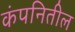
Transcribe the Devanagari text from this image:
कंपनितील